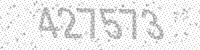
Solution: 427573